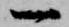
一